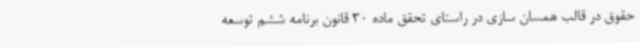
حقوق در قالب همسان سازی در راستای تحقق ماده 30 قانون برنامه ششم توسعه